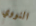
النووي